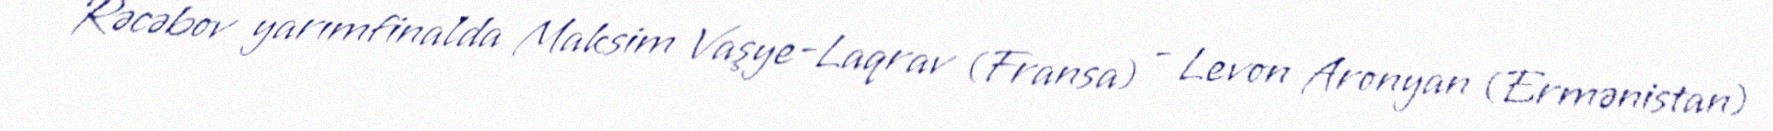
Rəcəbov yarımfinalda Maksim Vaşye-Laqrav (Fransa) - Levon Aronyan (Ermənistan)